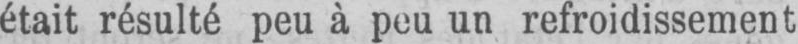
était résulté peu à peu un refroidissement